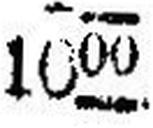
1000